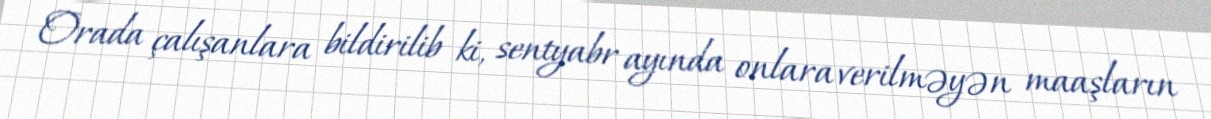
Orada çalışanlara bildirilib ki, sentyabr ayında onlara verilməyən maaşların